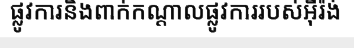
ផ្លូវការនិងពាក់កណ្តាលផ្លូវការរបស់អ៊ីរ៉ង់